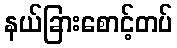
နယ်ခြားစောင့်တပ်